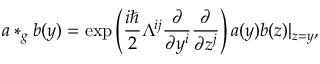
a * _ { g } b ( y ) = \exp \left( \frac { i \hbar } 2 \Lambda ^ { i j } \frac \partial { \partial y ^ { i } } \frac \partial { \partial z ^ { j } } \right) a ( y ) b ( z ) | _ { z = y } ,